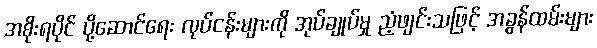
အစိုးရပိုင် ပို့ဆောင်ရေး လုပ်ငန်းများကို အုပ်ချုပ်မှု ညံ့ဖျင်းသဖြင့် အခွန်ထမ်းများ